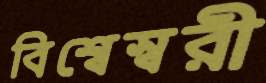
বিশ্বেস্বরী